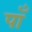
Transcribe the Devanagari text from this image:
पाँ